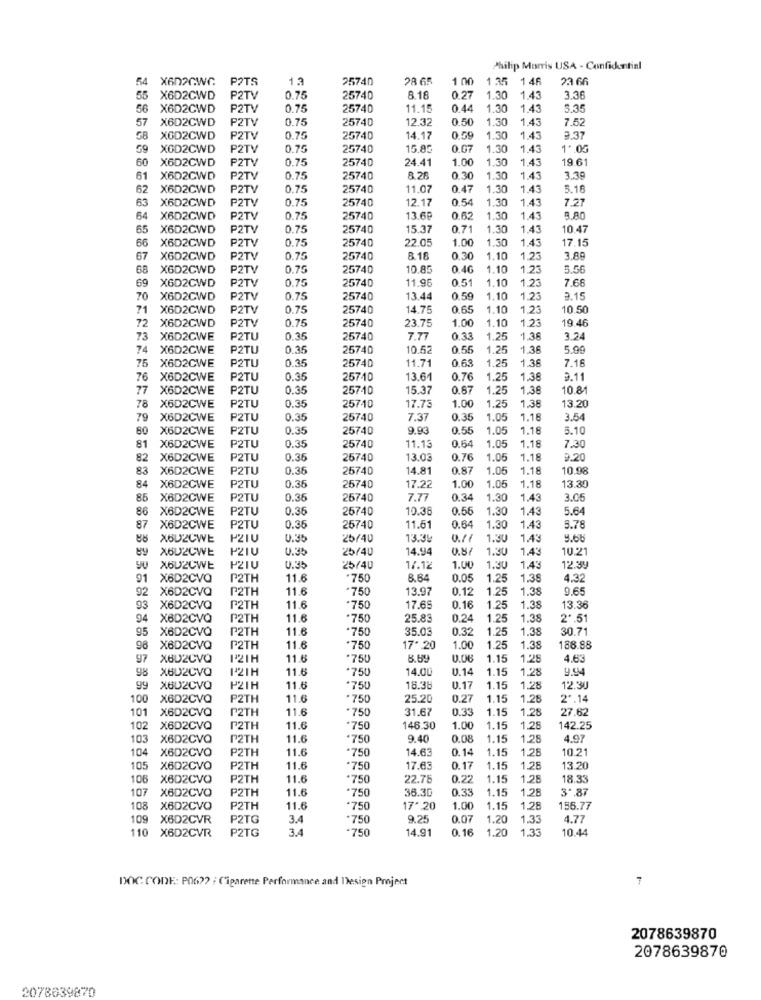
Philip Morris USA - Confidential
54 X602GWG
POTS
13
25740
28 65
1 00
1.35
146
23 66
55 X6D2CWD
P2TV
0.75
25740
8.16
0.27
1.30
1.43
3.3
56
X6D2CWD
P2TV
0.75
25740
11.15
0.42
1.30
1.43
5.35
57
X6D2CWD
P2TV
0.75
25740
12.3
1.30
1.43
7.5
XGD2CWD
P2TV
0.75
25740
14.17
0.59
1.30
1.43
59
XGD2CWD
P2TV
0.75
25740
15.85
0.07
1.30
1.4
1".05
60
X6D2CWD
P2TV
0.75
25740
24.41
1.00
1.30
1.4
19.61
61
X6D2CWD
P2TV
0.75
25740
8.28
0.30
1.30
1.43
3.39
62
X6D2CWD
PZTV
0.75
25740
11.07
0.47
1.30
1.43
5.16
63
X6D2CWD
0.75
25740
12.17
0.54
1.30
1.43
7.21
P2TV
64
X6D2CWD
P2TV
0.75
25740
13.6₽
0.62
1.30
1,43
65
X6D2CWD
P2TV
0.75
25740
15.37
0.71
1.30
1,43
10.47
66
X6D2CWD
P2TV
0.75
25740
22.05
1.00
1.30
1.43
17.15
67
X6D2CWD
P2TV
0.75
25740
8.18
0.30
1.10
1.2
3.89
68
X6D2CWD
P2TV
0.75
25740
10.85
0.40
1.10
1.23
5.56
69
X6D2CWD
P2TV
0.75
25740
11.96
0.51
1.10
1.23
7.68
70
X6D2CWD
P2TV
0.75
25740
13.44
0.59
1.10
1.23
2.1.
71
X6D2CWD
P2TV
0.75
25740
14.75
0.65
1.10
1.23
10.50
72
1.00
1.10
19.46
X6D2CWD
P2TV
0.75
25740
23.75
1.23
73
X6D2CWE
P2TU
0.35
25740
7.77
0.33
1.25
1.3
3.24
74 X6D2CWE
P2TU
0.35
25740
10.5
0.55
.25
1.38
5.0
0.35
11.71
0.65
1.36
7.16
75 X6D2CWE
P2TU
25740
.25
76 X6D2CWE
P2TU
0.35
25710
13.61
0.76
1.25
1.38
9.11
77
X6D2CWE
P2TU
0.35
25740
15.37
0.87
1.25
1.38
10.81
17.7
1.00
78 X6D2CWE
P2TU
0.35
25710
1.25
1.38
13.20
79
X6D2CWE
P2TU
0.35
25740
7.37
0.35
1.05
1.18
3.54
80 X6D2CWE
P2TU
0.35
25740
9.93
0.55
1.05
1.18
5.10
0.64
81
X6D2CWE
P2TU
0.35
25740
11.13
1.05
1.18
7.30
82 X6D2CWE
P2TU
0.36
25740
13.0
0.76
1.05
1.18
9.20
83 X6D2CWE
P2TU
0.36
25740
14.81
0.87
1.05
1.18
10.98
0.38
1.00
13.30
84 X6D2CWE
P2TU
25740
17.22
1.05
1.18
85
X6D2CWE
P2TU
0.36
25740
7.77
0.34
1.30
1.43
3.05
86
X6D2CWE
P2TU
0.36
25740
10.38
0.55
1.30
1.43
5.64
87 X6D2CWE
P2TU
0.36
25740
11.51
0.64
1.30
1.43
5.78
88
X6U2CWE
P2IU
0.35
25/40
13.34
1.30
1.43
9.66
89 X6U2CWE
P2IU
0.35
25/40
14.94
0.87
1.30
1.43
10.21
YU
X6U2CWE
PZIU
0.35
25/40
17.12
1.00
1.30
1,43
12.39
91 X6D2CVQ
P2TH
11.6
.750
8.64
0.05
1.25
1.38
4.32
92 X6D2CVQ
P2TH
11.6
.750
13.9
0.12
1.25
1.38
9.65
93
X6D2CVQ
P2TH
11.6
.750
17.65
0.16
1.25
1.38
13.36
94 X6D2CVQ
P2TH
11.6
.750
25.83
0.24
1.25
1.38
2'.51
5 X6D2CVQ
P2TH
11.6
.750
35.03
0.32
1.25
1.38
30.71
98 X6D2CVQ
P2TH
11.6
750
17. 20
1.00
1.25
1.38
188.88
97
XBU2CVQ
121H
11.6
*750
0.08
1.15
1.28
4.63
98
X602CVQ
P21H
11.6
.750
14.00
0.14
1.15
1.28
9.94
99 X602CVQ
P2IH
11.6
.750
15.3
0.17
1.15
1.28
12.30
100
X6D2CVQ
P2TH
11.6
*750
25.20
0.27
1.15
1.28
2º.14
X6D2CVQ
P2TH
11.6
*750
31.67
0.33
1.15
1.2
27.62
102
X6D2CVQ
P2TH
11.6
'750
146.30
1.00
1.15
1.28
142.25
103 X6D2CVQ
P2TH
11.6
.750
9.40
0.08
1.15
1,28
4.97
104
X6D2CVO
P2TH
11.6
*750
14.63
0.14
1.15
1.28
10.21
105
X6D2CVO
P2TH
11.6
.750
17.63
0.1
1.15
1,28
13.20
106 X6D2CVO
P2TH
11.6
.750
22.78
0.22
1.15
1,28
18.33
107
11.6
0.33
1.15
1.28
3º.87
X6D2CVQ
P2TH
*750
36.30
108 X6D2CVO
P2TH
11.6
.750
17* 20
1.00
1.15
1,28
156.77
109
X6D2CVR
P2TG
3.4
.750
9.25
0.07
1.20
1.33
4.77
110 X6D2CVR
P2TG
3.4
-750
14.91
0.16
1.20
1.33
10.44
DOC CODE: P06 ?? : Cigarette Performance and Design Project
7
2078639870
2078639870
2078639870